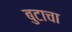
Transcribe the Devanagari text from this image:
बुटाचा